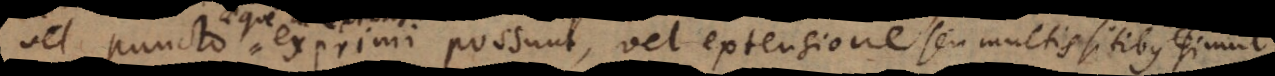
vel puncto exprimi possunt, vel extensione simul indigent ut